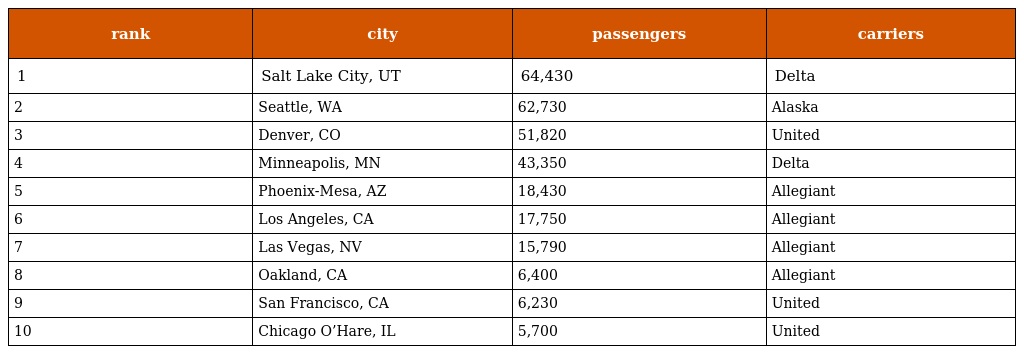
| rank | city | passengers | carriers |
 | --- | --- | --- | --- |
 | 1 | Salt Lake City, UT | 64,430 | Delta |
 | 2 | Seattle, WA | 62,730 | Alaska |
 | 3 | Denver, CO | 51,820 | United |
 | 4 | Minneapolis, MN | 43,350 | Delta |
 | 5 | Phoenix-Mesa, AZ | 18,430 | Allegiant |
 | 6 | Los Angeles, CA | 17,750 | Allegiant |
 | 7 | Las Vegas, NV | 15,790 | Allegiant |
 | 8 | Oakland, CA | 6,400 | Allegiant |
 | 9 | San Francisco, CA | 6,230 | United |
 | 10 | Chicago O’Hare, IL | 5,700 | United |